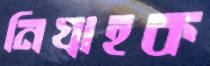
নিগ্রাহক